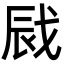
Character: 𢦿